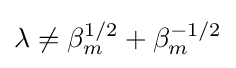
\lambda \neq \beta _{m}^{1/2}+\beta _{m}^{-1/2}